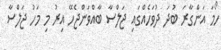
ހޯމަ އަންގާރަ ބުދަ ދުވަހެއްގައި ޖަލްސާ ބާއްވަންޖެހޭ އިރު މި މަހު ޖަލްސާ